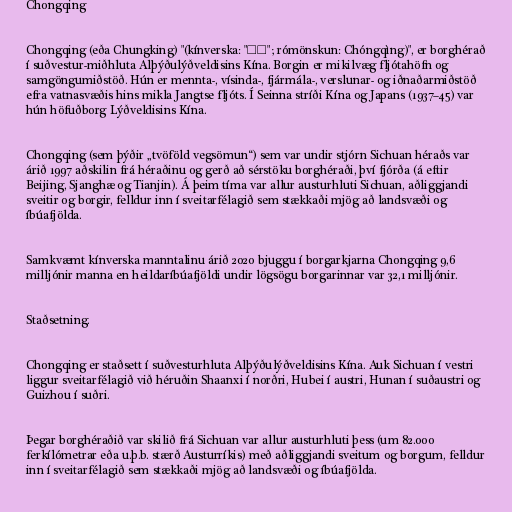
Chongqing

Chongqing (eða Chungking) "(kínverska: "重庆"; rómönskun: Chóngqìng)", er borghérað
í suðvestur-miðhluta Alþýðulýðveldisins Kína. Borgin er mikilvæg fljótahöfn og
samgöngumiðstöð. Hún er mennta-, vísinda-, fjármála-, verslunar- og iðnaðarmiðstöð
efra vatnasvæðis hins mikla Jangtse fljóts. Í Seinna stríði Kína og Japans (1937–45) var
hún höfuðborg Lýðveldisins Kína.

Chongqing (sem þýðir „tvöföld vegsömun“) sem var undir stjórn Sichuan héraðs var
árið 1997 aðskilin frá héraðinu og gerð að sérstöku borghéraði, því fjórða (á eftir
Beijing, Sjanghæ og Tianjin). Á þeim tíma var allur austurhluti Sichuan, aðliggjandi
sveitir og borgir, felldur inn í sveitarfélagið sem stækkaði mjög að landsvæði og
íbúafjölda.

Samkvæmt kínverska manntalinu árið 2020 bjuggu í borgarkjarna Chongqing 9,6
milljónir manna en heildaríbúafjöldi undir lögsögu borgarinnar var 32,1 milljónir.

Staðsetning.

Chongqing er staðsett í suðvesturhluta Alþýðulýðveldisins Kína. Auk Sichuan í vestri
liggur sveitarfélagið við héruðin Shaanxi í norðri, Hubei í austri, Hunan í suðaustri og
Guizhou í suðri.

Þegar borghéraðið var skilið frá Sichuan var allur austurhluti þess (um 82.000
ferkílómetrar eða u.þ.b. stærð Austurríkis) með aðliggjandi sveitum og borgum, felldur
inn í sveitarfélagið sem stækkaði mjög að landsvæði og íbúafjölda.